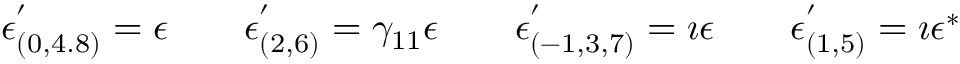
\epsilon _ { ( 0 , 4 . 8 ) } ^ { ' } = \epsilon \qquad \epsilon _ { ( 2 , 6 ) } ^ { ' } = \gamma _ { 1 1 } \epsilon \qquad \epsilon _ { ( - 1 , 3 , 7 ) } ^ { ' } = \imath \epsilon \qquad \epsilon _ { ( 1 , 5 ) } ^ { ' } = \imath \epsilon ^ { \ast }